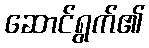
ဆောင်ရွက်၏